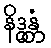
နိဒ္ဓန္တံ